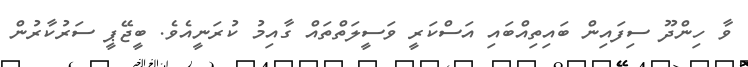
ވާ ހިންދޫ ސިފައިން ބައިތިއްބައި އަސްކަރީ ވަސީލަތްތައް ގާއިމު ކުރަނީއެވެ. ބީޖޭޕީ ސަރުކާރުން